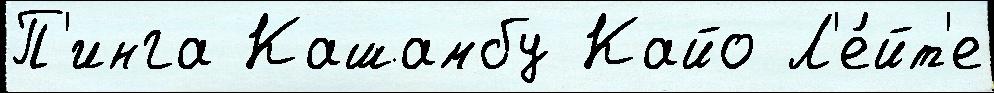
П'инга Кашамбу Кайо Л'е́йт'е